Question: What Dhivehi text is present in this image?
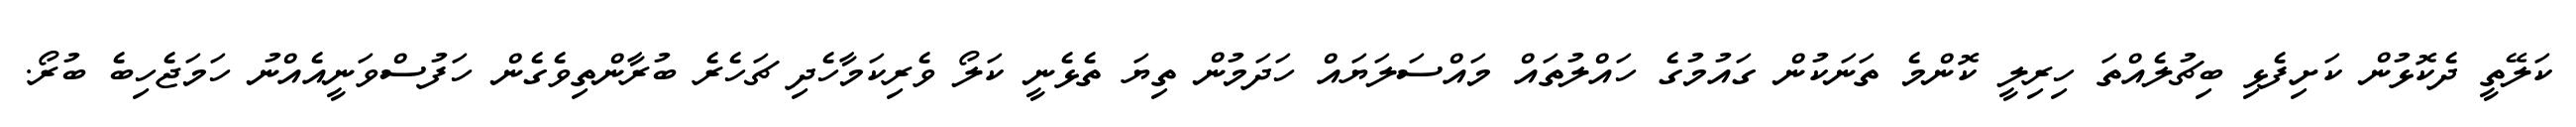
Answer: ކަލޭތީ ދެކޮޅުން ކަށިފެޅި ބިޗުލެއްތަ ހިރިލީ ކޮންމެ ތަނަކުން ގައުމުގެ ހައްލުތައް މައްސަލަޔައް ހަދަމުން ތިޔަ ތެޅެނީ ކަލޯ ވެރިކަމާހެދި ޗަހެރެ ބުރާންތިވެގެން ހަފުސްވަނީއެއްނު ހަމަޖެހިބެ ބުރޯ.